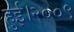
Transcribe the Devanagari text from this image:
हुई।२००९